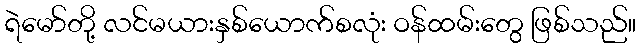
ရဲမော်တို့ လင်မယားနှစ်ယောက်စလုံး ဝန်ထမ်းတွေ ဖြစ်သည်။